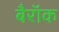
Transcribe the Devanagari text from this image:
बैरॉक